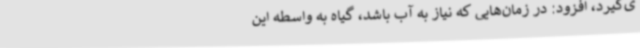
ی‌گیرد، افزود: در زمان‌هایی که نیاز به آب باشد، گیاه به واسطه این